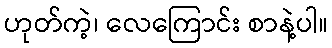
ဟုတ်ကဲ့၊ လေကြောင်း စာနဲ့ပါ။